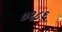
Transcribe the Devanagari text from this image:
०२८६